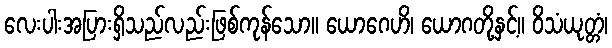
လေးပါးအပြားရှိသည်လည်းဖြစ်ကုန်သော။ ယောဂေဟိ၊ ယောဂတို့နှင့်။ ဝိသံယုတ္တံ၊